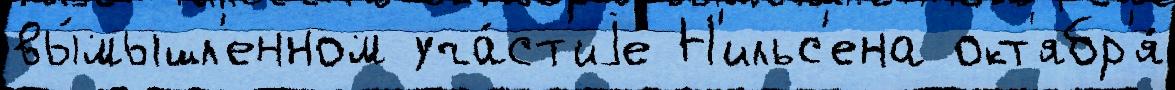
вы́мышл'енном уча́ст'иjе Н'ильс'ена окт'ябр'я́